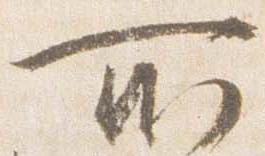
所